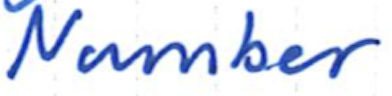
Text: Number
Cross-out: clean
Writing tool: ballpoint